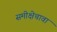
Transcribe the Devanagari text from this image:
समीक्षेचावा